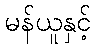
မန်ယူနှင့်